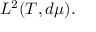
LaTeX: L ^ { 2 } ( T , d \mu ) .